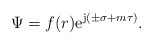
\begin{align*} \Psi = f(r) \mathrm{e}^{\mathrm{j} (\pm \sigma + m \tau )}.\end{align*}